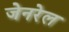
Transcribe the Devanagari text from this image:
जेनरेल